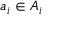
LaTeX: a _ { i } \in A _ { i }